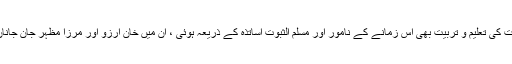
اسی وجہ سے قدرت کی تعلیم و تربیت بھی اس زمانے کے نامور اور مسلّم الثبوت اساتذہ کے ذریعہ ہوئی ، ان میں خان آرزو اور مرزا مظہر جان جاناں سر فہرست ہیں ۔